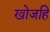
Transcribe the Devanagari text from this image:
खोजहि